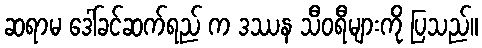
ဆရာမ ဒေါ်ခင်ဆက်ရည် က ဒဿန သီဝရီများကို ပြသည်။